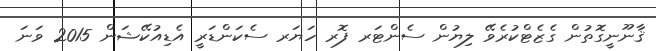
ޤާނޫނީގޮތުން ގެޒެޓްކުރެވޭ ލިޔުން ސެންޓަރ ފޮރ ހަޔަރ ސެކަންޑަރީ އެޑިއުކޭޝަން 2015 ވަނަ